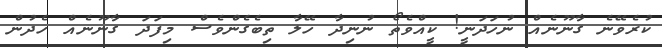
ކުރެވޭނެ ގާނޫނެއް ނުހަދަނީ! ކީއްވެތޯ ނުނިދާ ހޭލާ ތިބެގެންވެސް މިފަދަ ގާނޫނެއް ހެދުން